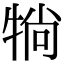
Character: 𤙽